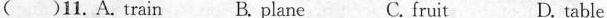
( )11.A. train B .plane C. fruit D. table